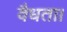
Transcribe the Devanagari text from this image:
वैधता।